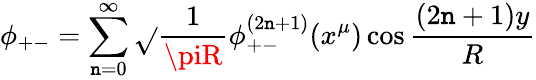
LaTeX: \phi_{+-}=\sum_{\mathtt{n}=0}^{\infty}\sqrt{}{{\frac{{1}}{{\piR}}}}\phi_{+-}^{(2\mathtt{n}+1)}(x^{\mu})\cos\frac{{(2\mathtt{n}+1)y}}{{R}}